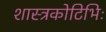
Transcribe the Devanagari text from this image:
शास्त्रकोटिभिः